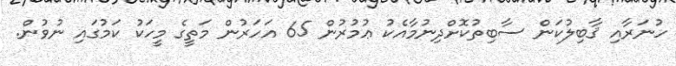
ހުނަރާއި ޤާބިލުކަން ސާބިތުކޮށްދިނުމާއެކު ޢުމުރުން 65 އަހަރުން މަތީގެ މީހަކު ކަމުގައި ނުވުން.